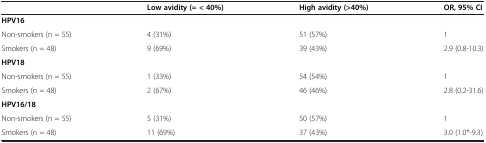
<table><thead><tr><td>[EMPTY_CELL]</td><td><b>Low avidity (= &lt; 40%)</b></td><td><b>High avidity (&gt;40%)</b></td><td><b>OR, 95% CI</b></td></tr></thead><tbody><tr><td><b>HPV16</b></td><td>[EMPTY_CELL]</td><td>[EMPTY_CELL]</td><td>[EMPTY_CELL]</td></tr><tr><td>Non-smokers (n = 55)</td><td>4 (31%)</td><td>51 (57%)</td><td>1</td></tr><tr><td>Smokers (n = 48)</td><td>9 (69%)</td><td>39 (43%)</td><td>2.9 (0.8-10.3)</td></tr><tr><td colspan="4"><b>HPV18</b></td></tr><tr><td>Non-smokers (n = 55)</td><td>1 (33%)</td><td>54 (54%)</td><td>1</td></tr><tr><td>Smokers (n = 48)</td><td>2 (67%)</td><td>46 (46%)</td><td>2.8 (0.2-31.6)</td></tr><tr><td colspan="4"><b>HPV16/18</b></td></tr><tr><td>Non-smokers (n = 55)</td><td>5 (31%)</td><td>50 (57%)</td><td>1</td></tr><tr><td>Smokers (n = 48)</td><td>11 (69%)</td><td>37 (43%)</td><td>3.0 (1.0*-9.3)</td></tr></tbody></table>